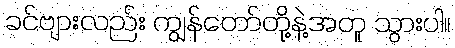
ခင်ဗျားလည်း ကျွန်တော်တို့နဲ့အတူ သွားပါ။